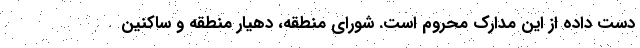
دست داده از این مدارک محروم است. شورای منطقه، دهیار منطقه و ساکنین